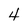
Character: 4